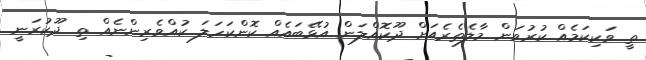
ތީ ވަކިކަމެއް ކުރުވަން މާލެތެރެއަށް ދޫކޮއްލަން އުޅޭބައެއް ކޮންކަހަލަ ކުއްވެރިންނެއް ތި ދޫކުރަނީ